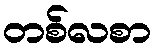
တစ်လစာ